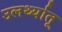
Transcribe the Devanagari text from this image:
उलर्थ्यातू